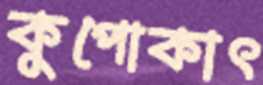
কুপোকাৎ